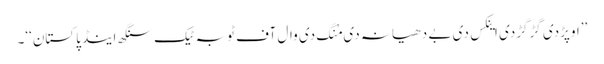
’’اوپڑدی گڑگڑدی اینکس دی بے دھیانہ دی مُنگ دی وال آف ٹوبہ ٹیک سنگھ اینڈ پاکستان‘‘۔